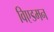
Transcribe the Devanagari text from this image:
विएडमन